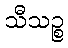
သီသဉ္စ